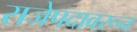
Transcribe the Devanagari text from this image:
राजेपदावरून